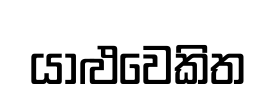
යාළුවෙකිත